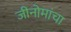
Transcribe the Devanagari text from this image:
जीनोमांचा